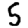
Digit: 5